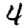
Digit: 4